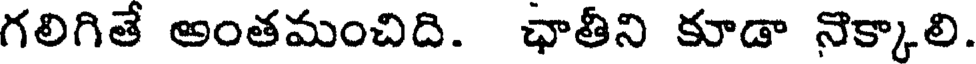
గలిగితే అంతమంచిది. ఛాతీని కూడా నొక్కాలి.